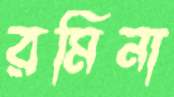
রমিনা